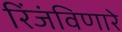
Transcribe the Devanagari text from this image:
रिंजंविणारे